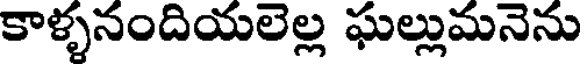
కాళ్ళనందియలెల్ల ఘల్లుమనెను